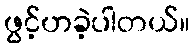
ဖွင့်ဟခဲ့ပါတယ်။